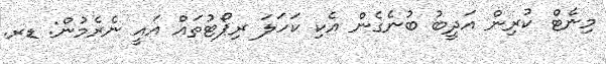
މިނެޓް ކުރިން އަދީބު ބުނެގެން އެކި ކަހަލަ ރިޕޯޓުތައް އައީ ނެރެމުން: ޑރ.